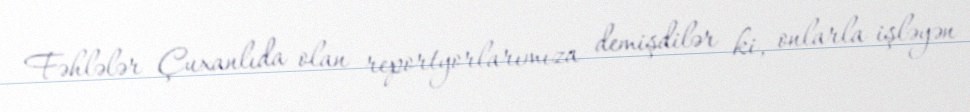
Fəhlələr Çuxanlıda olan reportyorlarımıza demişdilər ki, onlarla işləyən